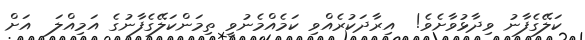
ކަލޭގެފާނު ވިދާޅުވާށެވެ!  އިރާދަކުރެއްވި ކަމެއްމެނުވީ ތިމަންކަލޭގެފާނުގެ އަމިއްލަ  އަށް